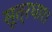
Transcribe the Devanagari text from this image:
सूत्रधार।